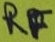
Text: RF